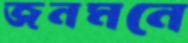
জনমনে